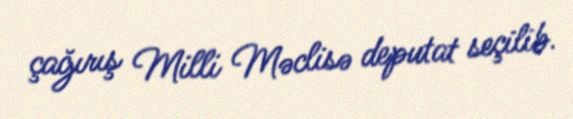
çağırış Milli Məclisə deputat seçilib.